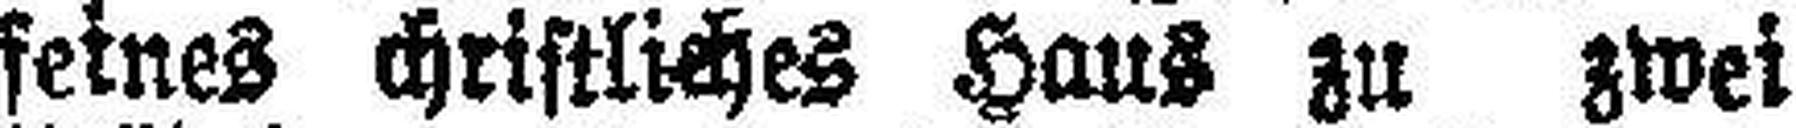
feines christliches Haus zu zwei